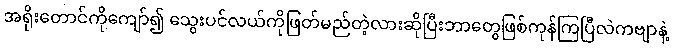
အရိုးတောင်ကိုကျော်၍ သွေးပင်လယ်ကိုဖြတ်မည်တဲ့လားဆိုပြီးဘာတွေဖြစ်ကုန်ကြပြီလဲကဗျာနဲ့